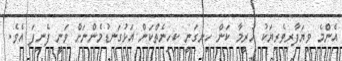
އެންމެ ވިޔަފާރިވެރިޔަކު ހުރީމާ ކަން ހިނގަނީ ކިހިނެތްކަން އަޅުގަނޑުމެންނަށް ވަނީ ފެނިފަ އެވެ.